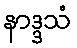
နာဒ္ဒသံ